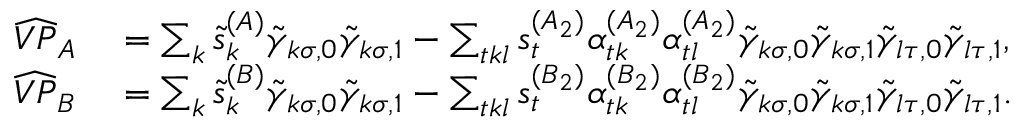
\begin{array} { r l } { \widehat { V P } _ { A } } & { { } = \sum _ { k } \tilde { s } _ { k } ^ { ( A ) } \tilde { \gamma } _ { k \sigma , 0 } \tilde { \gamma } _ { k \sigma , 1 } - \sum _ { t k l } s _ { t } ^ { ( A _ { 2 } ) } \alpha _ { t k } ^ { ( A _ { 2 } ) } \alpha _ { t l } ^ { ( A _ { 2 } ) } \tilde { \gamma } _ { k \sigma , 0 } \tilde { \gamma } _ { k \sigma , 1 } \tilde { \gamma } _ { l \tau , 0 } \tilde { \gamma } _ { l \tau , 1 } , } \\ { \widehat { V P } _ { B } } & { { } = \sum _ { k } \tilde { s } _ { k } ^ { ( B ) } \tilde { \gamma } _ { k \sigma , 0 } \tilde { \gamma } _ { k \sigma , 1 } - \sum _ { t k l } s _ { t } ^ { ( B _ { 2 } ) } \alpha _ { t k } ^ { ( B _ { 2 } ) } \alpha _ { t l } ^ { ( B _ { 2 } ) } \tilde { \gamma } _ { k \sigma , 0 } \tilde { \gamma } _ { k \sigma , 1 } \tilde { \gamma } _ { l \tau , 0 } \tilde { \gamma } _ { l \tau , 1 } . } \end{array}